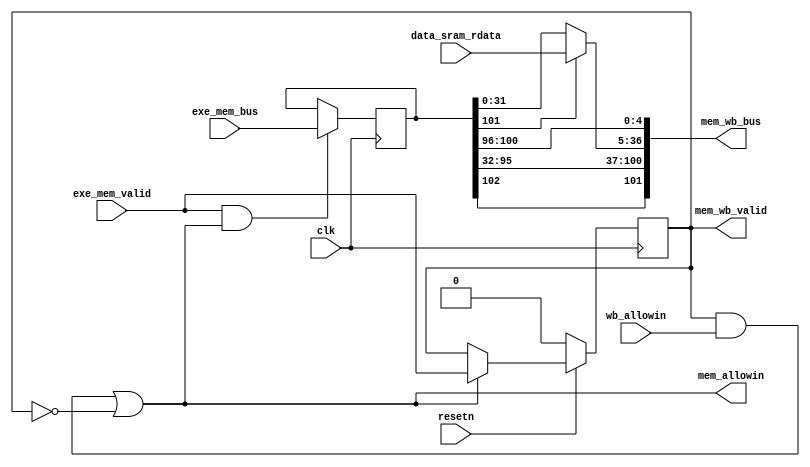
//
module MEM (
    input           clk,
    input           resetn,
    //EXE
    output          mem_allowin,
    input           exe_mem_valid,
    input   [102:0] exe_mem_bus,
    //WB
    output          mem_wb_valid,
    input           wb_allowin,
    output  [101:0] mem_wb_bus,
    //
    input   [ 31:0] data_sram_rdata
);
    //
    reg             mem_valid;
    wire            mem_ready_go;
    wire    [ 31:0] mem_pc;
    wire    [ 31:0] mem_inst;
    reg     [102:0] exe_mem_bus_vld;
    wire            gr_we;
    wire            res_from_mem;
    wire    [  4:0] dest;
    wire    [ 31:0] alu_result;
    wire    [ 31:0] final_result;

    assign  mem_ready_go = 1'b1;
    assign  mem_wb_valid = mem_ready_go & mem_valid;
    assign  mem_allowin = mem_wb_valid & wb_allowin | ~mem_valid;
    always @(posedge clk ) begin
        if (~resetn) begin
            mem_valid <= 1'b0;
        end
        else if(mem_allowin) begin
            mem_valid <= exe_mem_valid;
        end
    end
    always @(posedge clk ) begin
        if (exe_mem_valid & mem_allowin) begin
            exe_mem_bus_vld <= exe_mem_bus;
        end
    end
    assign {
        gr_we, res_from_mem, dest,
        mem_pc, mem_inst, alu_result
    } = exe_mem_bus_vld;
    assign  final_result = res_from_mem ? data_sram_rdata : alu_result;
    assign  mem_wb_bus = {
        gr_we, mem_pc, mem_inst, final_result, dest
    };
endmodule